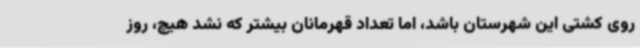
روی کشتی این شهرستان باشد، اما تعداد قهرمانان بیشتر که نشد هیچ، روز